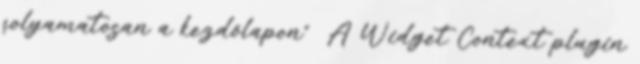
folyamatosan a kezdőlapon” A Widget Context plugin